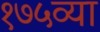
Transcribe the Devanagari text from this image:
१७५व्या